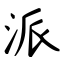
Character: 派